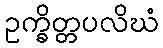
ဥက္ခိတ္တပလိဃံ